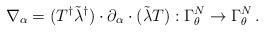
LaTeX: \begin{align*}\nabla_{\alpha}=(T^{\dagger}\tilde \lambda^{\dagger})\cdot \partial_{\alpha} \cdot (\tilde \lambda T) :\Gamma_{\theta}^{N}\to \Gamma_{\theta}^{N} \, .\end{align*}